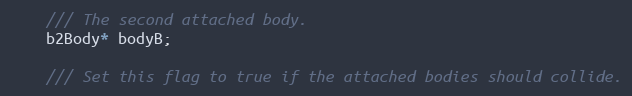
Language: C
	/// The second attached body.
	b2Body* bodyB;

	/// Set this flag to true if the attached bodies should collide.